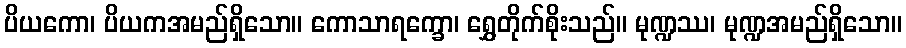
ပိယကော၊ ပိယကအမည်ရှိသော။ ကောသာရက္ခော၊ ရွှေတိုက်စိုးသည်။ မုဏ္ဍဿ၊ မုဏ္ဍအမည်ရှိသော။